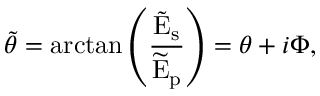
\tilde { \theta } = \arctan \left( \frac { \tilde { \mathrm { E } } _ { \mathrm { s } } } { \widetilde { \mathrm { E } } _ { \mathrm { p } } } \right) = \theta + i \Phi ,